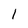
Character: l